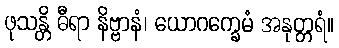
ဖုသန္တိ ဓီရာ နိဗ္ဗာနံ၊ ယောဂက္ခေမံ အနုတ္တရံ။